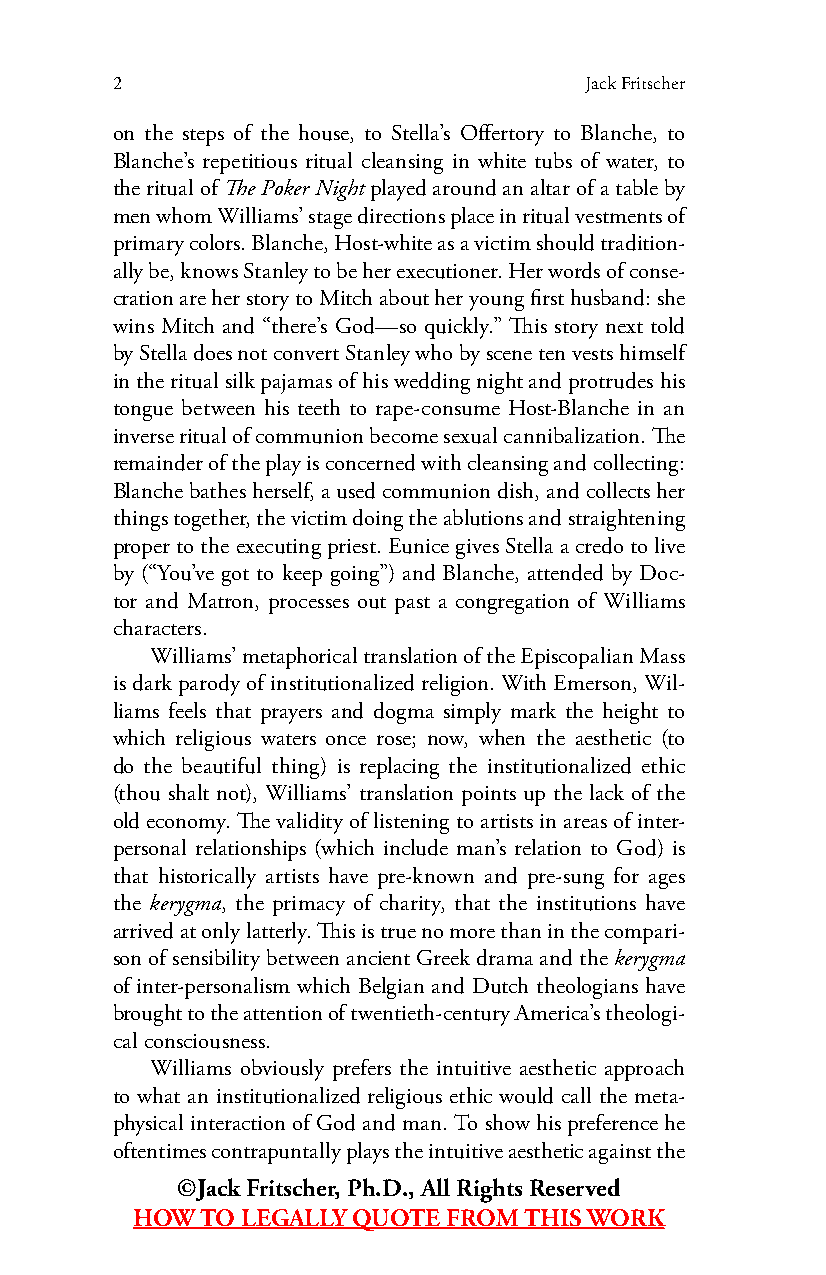
2                               Jack Fritscher
 on the steps of the house, to Stella’s Offertory to Blanche, to
 Blanche’s repetitious ritual cleansing in white tubs of water, to
 the ritual of The Poker Night played around an altar of a table by
 men whom Williams’ stage directions place in ritual vestments of
 primary colors. Blanche, Host-white as a victim should tradition-
 ally be, knows Stanley to be her executioner. Her words of conse-
 cration are her story to Mitch about her young first husband: she
 wins Mitch and “there’s God—so quickly.” This story next told
 by Stella does not convert Stanley who by scene ten vests himself
 in the ritual silk pajamas of his wedding night and protrudes his
 tongue between his teeth to rape-consume Host-Blanche in an
 inverse ritual of communion become sexual cannibalization. The
 remainder of the play is concerned with cleansing and collecting:
 Blanche bathes herself, a used communion dish, and collects her
 things together, the victim doing the ablutions and straightening
 proper to the executing priest. Eunice gives Stella a credo to live
 by (“You’ve got to keep going”) and Blanche, attended by Doc-
 tor and Matron, processes out past a congregation of Williams
 characters.
 Williams’ metaphorical translation of the Episcopalian Mass
 is dark parody of institutionalized religion. With Emerson, Wil-
 liams feels that prayers and dogma simply mark the height to
 which religious waters once rose; now, when the aesthetic (to
 do the beautiful thing) is replacing the institutionalized ethic
 (thou shalt not), Williams’ translation points up the lack of the
 old economy. The validity of listening to artists in areas of inter-
 personal relationships (which include man’s relation to God) is
 that historically artists have pre-known and pre-sung for ages
 the kerygma, the primacy of charity, that the institutions have
 arrived at only latterly. This is true no more than in the compari-
 son of sensibility between ancient Greek drama and the kerygma
 of inter-personalism which Belgian and Dutch theologians have
 brought to the attention of twentieth-century America’s theologi-
 cal consciousness.
 Williams obviously prefers the intuitive aesthetic approach
 to what an institutionalized religious ethic would call the meta-
 physical interaction of God and man. To show his preference he
 oftentimes contrapuntally plays the intuitive aesthetic against the
 ©Jack Fritscher, Ph.D., All Rights Reserved
 HOW TO LEGALLY QUOTE FROM THIS WORK